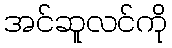
အင်ဆူလင်ကို